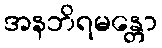
အနဘိရမန္တော